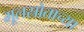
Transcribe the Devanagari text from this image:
मूलस्रोताच्या